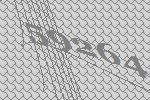
59264